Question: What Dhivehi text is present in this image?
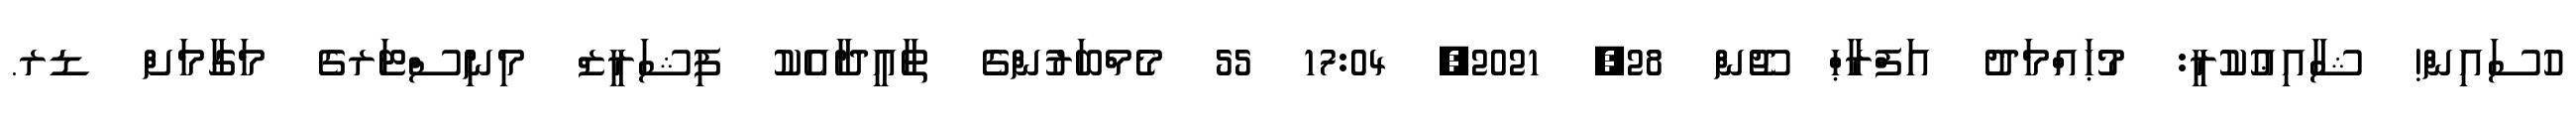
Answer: ހުސައިން! ޝާއިޢުކުރީ: މުޙައްމަދު އަފްރާޙް ޖޫން 28, 2021, 17:04 55 މެމްބަރުންގެ ތާއީދާއެކު ފިޝަރީޒް މިނިސްޓަރގެ މަގާމަށް ޑރ.